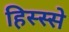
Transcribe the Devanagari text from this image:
हिस्‍स्‍से